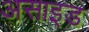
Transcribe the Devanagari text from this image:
असाइड